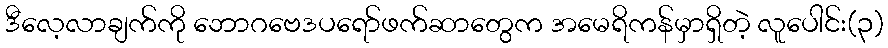
ဒီလေ့လာချက်ကို ဘောဂဗေဒပရော်ဖက်ဆာတွေက အမေရိကန်မှာရှိတဲ့ လူပေါင်း(၃)